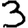
Digit: 3